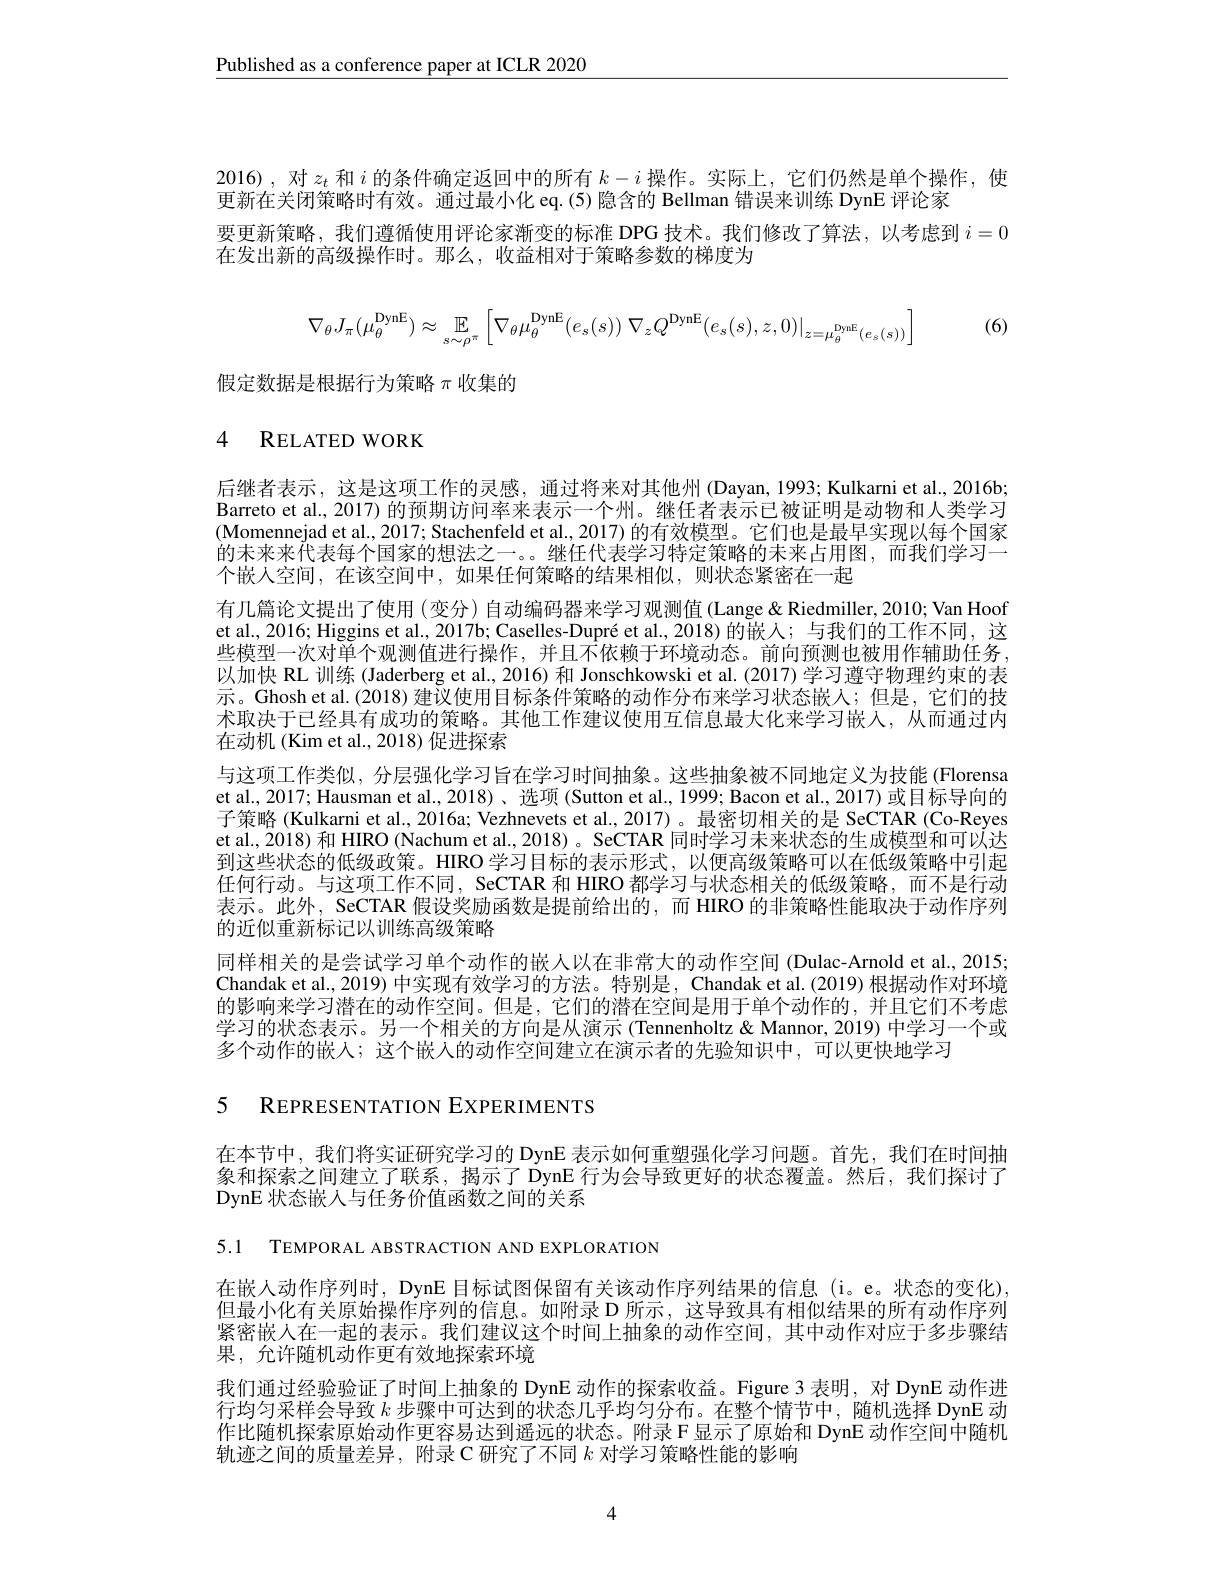
$\underline{\text{Published as a conference paper at ICLR 2020}}$

2016),对$z_t$和$i$的条件确定返回中的所有$k-i$操作。实际上，它们仍然是单个操作，使
更新在关闭策略时有效。通过最小化 eq.(5) 隐含的 Bellman 错误来训练 DynE 评论家
要更新策略，我们遵循使用评论家渐变的标准 DPG 技术。我们修改了算法，以考虑到$i=0$
在发出新的高级操作时。那么，收益相对于策略参数的梯度为
$$\nabla_\theta J_\pi(\mu_\theta^{\text{DynE}})\approx\underset{s\sim\rho^\pi}{\operatorname*{\mathbb{E}}}\left[\nabla_\theta\mu_\theta^{\text{DynE}}(e_s(s))\:\nabla_zQ^{\text{DynE}}(e_s(s),z,0)|_{z=\mu_\theta^\text{DynE}}(e_s(s))\right]$$
(6)

假定数据是根据行为策略$\pi$收集的

# 4 RELATED WORK

后继者表示，这是这项工作的灵感，通过将来对其他州 (Dayan, 1993; Kulkarni et al., 2016b; Barreto et al., 2017) 的预期访问率来表示一个州。继任者表示已被证明是动物和人类学习(Momennejad et al., 2017; Stachenfeld et al., 2017) 的有效模型。它们也是最早实现以每个国家的未来来代表每个国家的想法之一。。继任代表学习特定策略的末来占用图，而我们学习一个嵌人空间，在该空间中，如果任何策略的结果相似，则状态紧密在一起
有几篇论文提出了使用 (变分) 自动编码器来学习观测值 (Lange &Riedmiller, 2010; Van Hoof et al., 2016; Higgins et al., 2017b; Caselles-Dupré et al., 2018)的嵌人；与我们的工作不同，这些模型一次对单个观测值进行操作，并且不依赖于环境动态。前向预测也被用作辅助任务， 以加快 RL 训练 (Jaderberg et al., 2016) 和 Jonschkowski et al. (2017) 学习遵守物理约束的表示。Ghosh et al.(2018) 建议使用目标条件策略的动作分布来学习状态嵌人；但是，它们的技术取决于已经具有成功的策略。其他工作建议使用互信息最大化来学习嵌人，从而通过内在动机(Kim et al., 2018) 促进探索
与这项工作类似，分层强化学习旨在学习时间抽象。这些抽象被不同地定义为技能 (Florensa et al., 2017; Hausman et al., 2018)、选项 (Sutton et al., 1999; Bacon et al., 2017) 或目标导向的子策略 (Kulkarni et al., 2016a; Vezhnevets et al., 2017)。最密切相关的是 SeCTAR (Co-Reyes et al., 2018) 和 HIRO (Nachum et al., 2018) 。SeCTAR 同时学习未来状态的生成模型和可以达到这些状态的低级政策。HIRO 学习目标的表示形式，以便高级策略可以在低级策略中引起任何行动。与这项工作不同，SeCTAR 和 HIRO 都学习与状态相关的低级策略，而不是行动表示。此外，SeCTAR 假设奖励函数是提前给出的，而 HIRO 的非策略性能取决于动作序列的近似重新标记以训练高级策略
同样相关的是尝试学习单个动作的嵌人以在非常大的动作空间 (Dulac-Arnold et al., 2015; Chandak et al., 2019) 中实现有效学习的方法。特别是，Chandak et al. (2019) 根据动作对环境的影响来学习潜在的动作空间。但是，它们的潜在空间是用于单个动作的，并且它们不考虑学习的状态表示。另一个相关的方向是从演示(Tennenholtz& Mannor, 2019) 中学习一个或多个动作的嵌人；这个嵌入的动作空间建立在演示者的先验知识中，可以更快地学习

5 REPRESENTATION EXPERIMENTS

在本节中，我们将实证研究学习的 DynE 表示如何重塑强化学习问题。首先，我们在时间抽象和探索之间建立了联系，揭示了 DynE 行为会导致更好的状态覆盖。然后，我们探讨了DynE 状态嵌入与任务价值函数之间的关系

5.1 TEMPORAL ABSTRACTION AND EXPLORATION

在嵌入动作序列时，DynE 目标试图保留有关该动作序列结果的信息(i。e。状态的变化) 但最小化有关原始操作序列的信息。如附录 D 所示，这导致具有相似结果的所有动作序列紧密嵌人在一起的表示。我们建议这个时间上抽象的动作空间，其中动作对应于多步骤结果，允许随机动作更有效地探索环境
我们通过经验验证了时间上抽象的 DynE 动作的探索收益。Figure 3 表明，对 DynE 动作进行均匀采样会导致$k$步骤中可达到的状态几乎均匀分布。在整个情节中，随机选择 DynE 动作比随机探索原始动作更容易达到遥远的状态。附录 F显示了原始和 DynE 动作空间中随机轨迹之间的质量差异，附录 C 研究了不同$k$对学习策略性能的影响

4